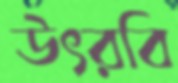
উৎরবি